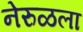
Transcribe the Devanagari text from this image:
नेरुळला